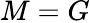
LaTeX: M=G